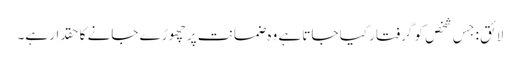
لائق : جِس شخص کو گرفتار کیا جاتا ہے وہ ضمانت پر چھوڑے جانے کا حقدار ہے۔